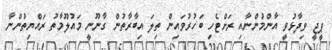
ޕީޖީ ވިދާޅުވީ އާންމުންނާއި ރަށްޓެހި ބަހުރުވައިން ތިލަ އިބާރާތުން ގާނޫނީ މައުލޫމާތު ރައްޔިތުންނާ